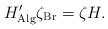
LaTeX: \begin{align*}H_{\mathrm{Alg}}^{\prime }\zeta _{\mathrm{Br}}=\zeta H. \end{align*}